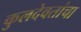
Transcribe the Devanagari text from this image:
कुलदेवतांचा